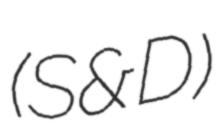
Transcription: (S&D)